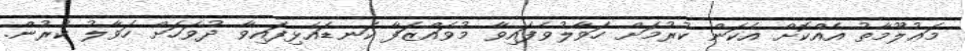
މަޢުލޫމާތު އެއްކޮށް އެކަން ކުރުމަށް ހަވާލުވެފައިވާ މުވައްޒަފާ ކަނޑައެޅިފައިވާ ދުވަހަށް ހަވާލު ކުރުން.